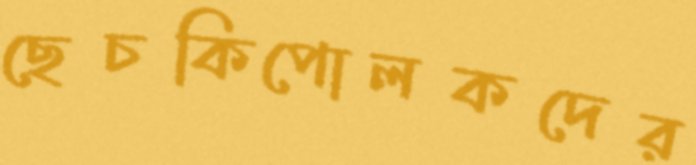
ছেচকিপোলকদের